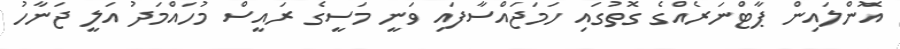
އޮންލައިން ޕާޓްނަރެއްގެ ގޮތުގައި ހަމަޖައްސާފައި ވަނީ މަސީގެ ރައީސް މުހައްމަދު އަލީ ޖަނާހު